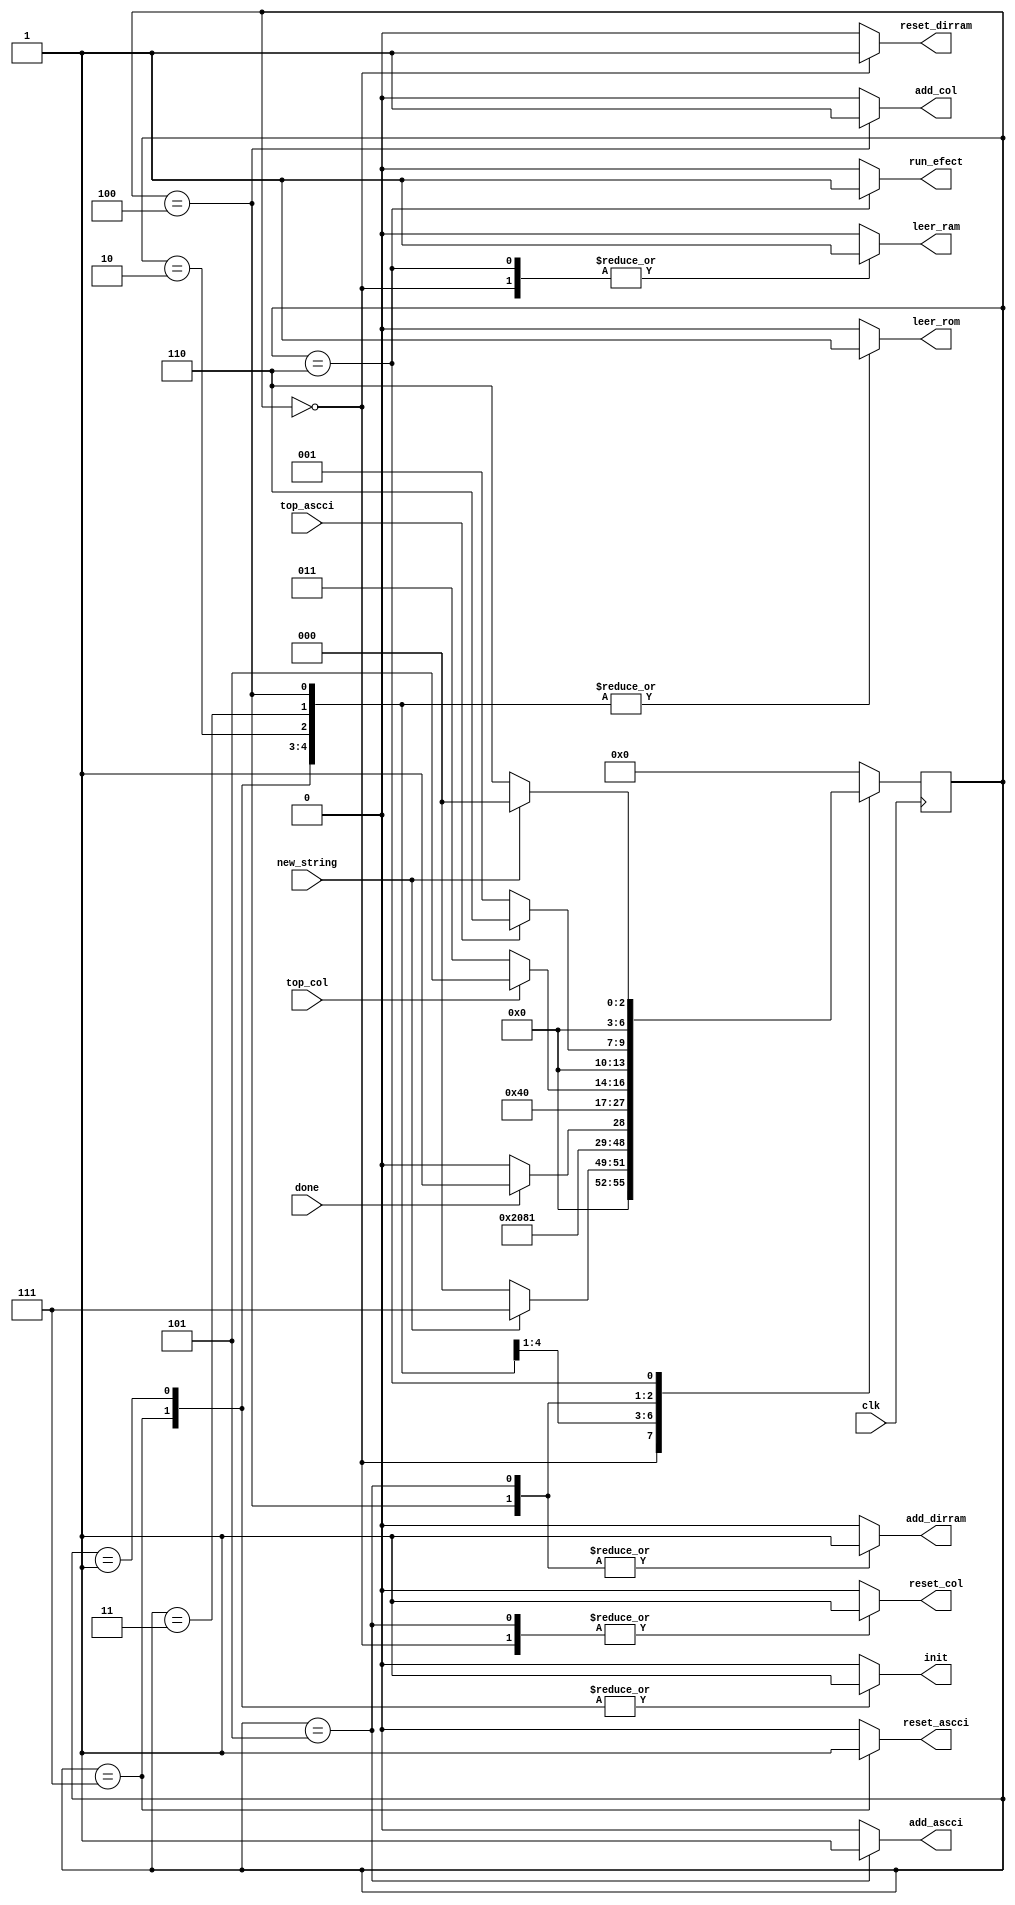
module control_ascci(
	input clk,
	input top_ascci,
	input top_col,
	input new_string,
	input done,
	output reg add_dirram,
	output reg reset_dirram,
	output reg add_col,
   	output reg reset_col,
	output reg add_ascci,
	output reg reset_ascci,
	output reg init,
	output reg leer_rom,
	output reg leer_ram,	
	output reg run_efect //seal q inicia el efecto despues de cargar ram

	);
	//lectura =escritura para la ram
	reg [6:0] current_state;
	reg [6:0] next_state;
	
	parameter start=7'b0000000, state_1=7'b0000001, state_2=7'b0000010, state_3=7'b0000011, state_4=7'b0000100, state_5=7'b0000101,check=7'b0000110,state_1p=7'b0000111; 

	always @(top_ascci or done or top_col  or new_string or current_state)begin
		case(current_state)
     		start: 	begin			//encendido esperando new string
						
								add_dirram=1'b0;
								reset_dirram=1'b1;
								add_col=1'b0;
								reset_col=1'b1;
								add_ascci=1'b0;
								reset_ascci=1'b0;
								leer_rom=1'b0;	
								leer_ram=1'b1;

								init=0;    //inicio multiplicador
								run_efect=1'b0;
								

						if (new_string==1'b1 ) next_state<=state_1p;
						else next_state<=start;
					end
			state_1p:	begin 		//inicial multiplicacion
								add_dirram=1'b0;
								reset_dirram=1'b0;
								add_col=1'b0;
								reset_col=1'b0;
								add_ascci=1'b0;
								reset_ascci=1'b1;
								leer_rom=1'b1;
								leer_ram=1'b0;

								init=1;
								run_efect=1'b0;
								

						
						next_state<=state_1;
					end
			state_1:	begin 		//inicial multiplicacion
								add_dirram=1'b0;
								reset_dirram=1'b0;
								add_col=1'b0;
								reset_col=1'b0;
								add_ascci=1'b0;
								reset_ascci=1'b0;
								leer_rom=1'b1;
								leer_ram=1'b0;

								init=1;
								run_efect=1'b0;
								

						
						next_state<=state_2;
					end
			state_2:	begin 		//esperando fin multiplicacion
								add_dirram=1'b0;
								reset_dirram=1'b0;
								add_col=1'b0;
								reset_col=1'b0;
								add_ascci=1'b0;
								reset_ascci=1'b0;
								leer_rom=1'b1;
								leer_ram=1'b0;

								init=0;
								run_efect=1'b0;
								

						if(done==1'b1) next_state<=state_3;
					else next_state<=state_2;
					end
			
			state_3:	begin 		//lee y guarda columna de rom a ram
								add_dirram=1'b0;
								reset_dirram=1'b0;
								add_col=1'b0;
								reset_col=1'b0;
								add_ascci=1'b0;
								reset_ascci=1'b0;
								leer_rom=1'b1;
								leer_ram=1'b0;
								init=0;
								run_efect=1'b0;
								


						next_state<=state_4;
					end
			state_4:	begin		//pasa a sigiente columna
								add_dirram=1'b1;
								reset_dirram=1'b0;
								add_col=1'b1;
								reset_col=1'b0;
								add_ascci=1'b0;
								reset_ascci=1'b0;
								leer_rom=1'b1;
								leer_ram=1'b0;
								init=0;
								run_efect=1'b0;
								

						if (top_col == 1'b1) next_state<=state_5;
						else next_state<=state_3;
						
					end
			state_5:	begin		// pasa a sigiente ascci
								add_dirram=1'b1;
								reset_dirram=1'b0;
								add_col=1'b0;
								reset_col=1'b1;
								add_ascci=1'b1;
								reset_ascci=1'b0;
								leer_rom=1'b0;
								leer_ram=1'b0;

								init=0;
								run_efect=1'b0;
								

						if (top_ascci==1'b1)next_state<=check;
						else next_state<=state_1;

					end
			check: 	begin			//inicia efectos
						
								add_dirram=1'b0;
								reset_dirram=1'b0;
								add_col=1'b0;
								reset_col=1'b0;
								add_ascci=1'b0;
								reset_ascci=1'b0;
								leer_rom=1'b0;	
								leer_ram=1'b1;
								init=0;
								run_efect=1'b1;
							

			
						if (new_string==1'b1) next_state<=start;
						else next_state<=check;
					end
			
			default:
					begin
								add_dirram=1'b0;
								reset_dirram=1'b0;
								add_col=1'b0;
								reset_col=1'b0;
								add_ascci=1'b0;
								reset_ascci=1'b0;
								leer_rom=1'b0;
								leer_ram=1'b0;
								init=0;
								run_efect=1'b0;
								
						next_state<=start;
					end
		endcase
	end	

	always @(negedge clk) begin
	    current_state<=next_state;	
	end
endmodule